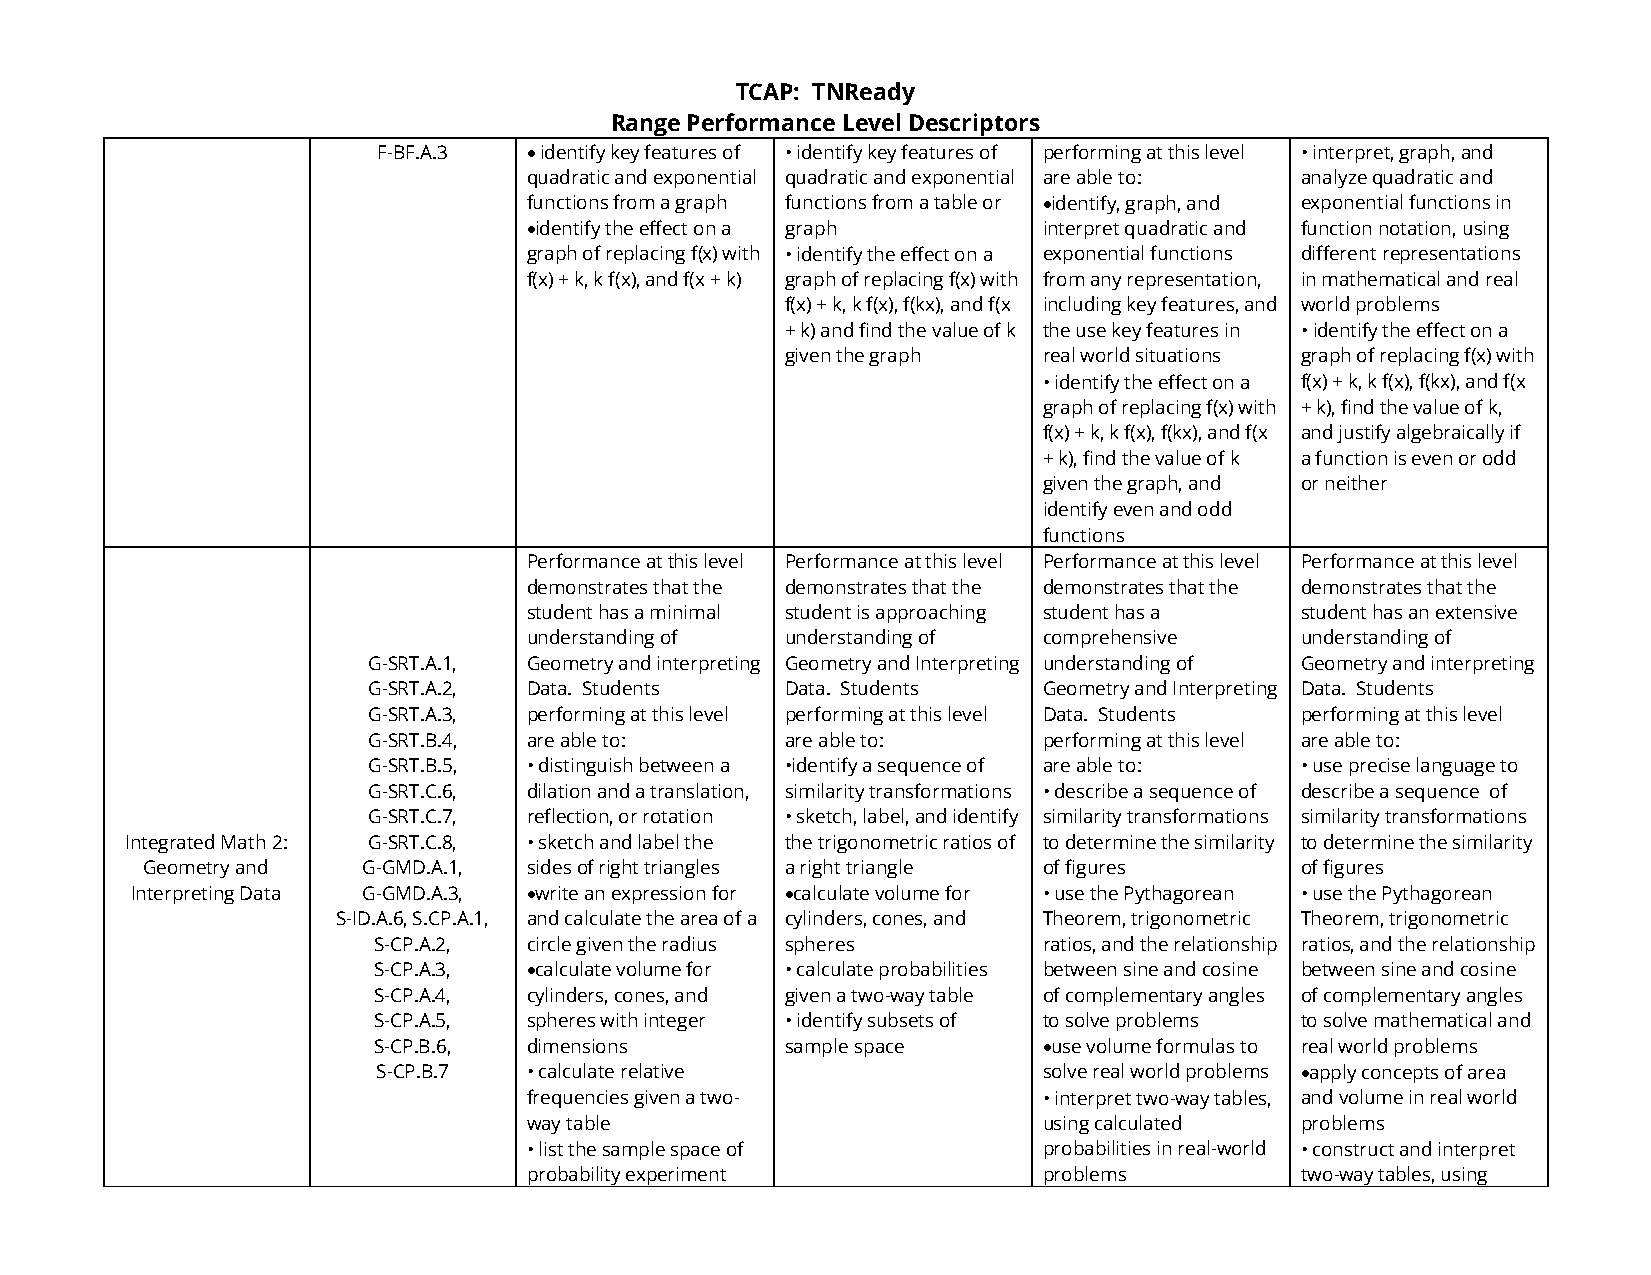
TCAP: TNReady
 Range Performance Level Descriptors
 F-BF.A.3  • identify key features of • identify key features of performing at this level • interpret, graph, and
 quadratic and exponential quadratic and exponential are able to: analyze quadratic and
 functions from a graph functions from a table or •identify, graph, and exponential functions in
 •identify the effect on a graph   interpret quadratic and function notation, using
 graph of replacing f(x) with • identify the effect on a exponential functions different representations
 f(x) + k, k f(x), and f(x + k) graph of replacing f(x) with from any representation, in mathematical and real
 f(x) + k, k f(x), f(kx), and f(x including key features, and world problems
 + k) and find the value of k the use key features in • identify the effect on a
 given the graph  real world situations graph of replacing f(x) with
 • identify the effect on a f(x) + k, k f(x), f(kx), and f(x
 graph of replacing f(x) with + k), find the value of k,
 f(x) + k, k f(x), f(kx), and f(x and justify algebraically if
 + k), find the value of k a function is even or odd
 given the graph, and or neither
 identify even and odd
 functions
 Performance at this level Performance at this level Performance at this level Performance at this level
 demonstrates that the demonstrates that the demonstrates that the demonstrates that the
 student has a minimal student is approaching student has a student has an extensive
 understanding of understanding of comprehensive    understanding of
 G-SRT.A.1, Geometry and interpreting Geometry and Interpreting understanding of Geometry and interpreting
 G-SRT.A.2, Data. Students   Data. Students   Geometry and Interpreting Data. Students
 G-SRT.A.3, performing at this level performing at this level Data. Students performing at this level
 G-SRT.B.4, are able to:     are able to:     performing at this level are able to:
 G-SRT.B.5, • distinguish between a •identify a sequence of are able to: • use precise language to
 G-SRT.C.6, dilation and a translation, similarity transformations • describe a sequence of describe a sequence of
 G-SRT.C.7, reflection, or rotation • sketch, label, and identify similarity transformations similarity transformations
 Integrated Math 2: G-SRT.C.8, • sketch and label the the trigonometric ratios of to determine the similarity to determine the similarity
 Geometry and   G-GMD.A.1, sides of right triangles a right triangle of figures of figures
 Interpreting Data G-GMD.A.3, •write an expression for •calculate volume for • use the Pythagorean • use the Pythagorean
 S-ID.A.6, S.CP.A.1, and calculate the area of a cylinders, cones, and Theorem, trigonometric Theorem, trigonometric
 S-CP.A.2, circle given the radius spheres   ratios, and the relationship ratios, and the relationship
 S-CP.A.3, •calculate volume for • calculate probabilities between sine and cosine between sine and cosine
 S-CP.A.4, cylinders, cones, and given a two-way table of complementary angles of complementary angles
 S-CP.A.5, spheres with integer • identify subsets of to solve problems to solve mathematical and
 S-CP.B.6, dimensions       sample space     •use volume formulas to real world problems
 S-CP.B.7  • calculate relative              solve real world problems •apply concepts of area
 frequencies given a two-          • interpret two-way tables, and volume in real world
 way table                         using calculated problems
 • list the sample space of        probabilities in real-world • construct and interpret
 probability experiment            problems         two-way tables, using